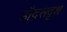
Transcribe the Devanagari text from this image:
हौदसदृश